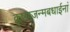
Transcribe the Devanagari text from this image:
कृष्णजन्मबधाईनां